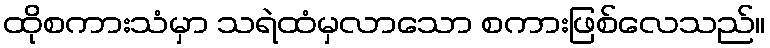
ထိုစကားသံမှာ သရဲထံမှလာသော စကားဖြစ်လေသည်။